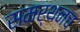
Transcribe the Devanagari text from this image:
समर्थनच